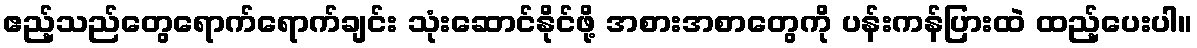
ဧည့်သည်တွေရောက်ရောက်ချင်း သုံးဆောင်နိုင်ဖို့ အစားအစာတွေကို ပန်းကန်ပြားထဲ ထည့်ပေးပါ။